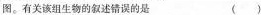
图。有关该组生物的叙述错误的是 ( )